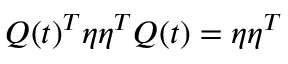
Q ( t ) ^ { T } \eta \eta ^ { T } Q ( t ) = \eta \eta ^ { T }